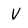
Character: V